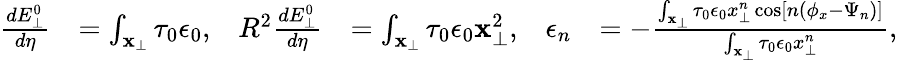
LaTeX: \begin{array}{rlrlrl}{\frac{dE_{\perp}^{0}}{d\eta}}&{=\int_{\mathbf{x}_{\perp}}\tau_{0}\epsilon_{0},}&{R^{2}\frac{dE_{\perp}^{0}}{d\eta}}&{=\int_{\mathbf{x}_{\perp}}\tau_{0}\epsilon_{0}\mathbf{x}_{\perp}^{2},}&{\epsilon_{n}}&{=-\frac{\int_{\mathbf{x}_{\perp}}\tau_{0}\epsilon_{0}x_{\perp}^{n}\cos\left[n(\phi_{x}-\Psi_{n})\right]}{\int_{\mathbf{x}_{\perp}}\tau_{0}\epsilon_{0}x_{\perp}^{n}},}\end{array}